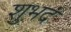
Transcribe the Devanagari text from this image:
शुभदं